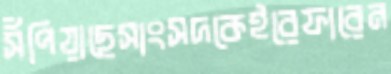
সঁপিয়াছেসাংসদকেইরেফারেন